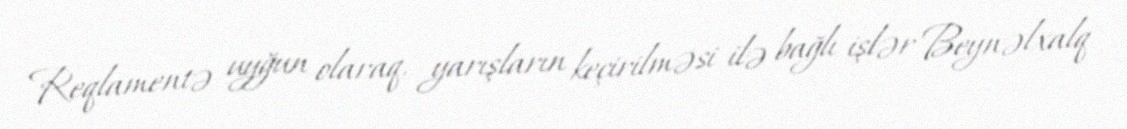
Reqlamentə uyğun olaraq, yarışların keçirilməsi ilə bağlı işlər Beynəlxalq